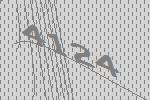
4124